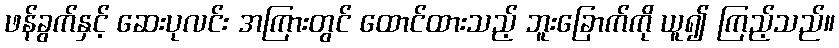
ဖန်ခွက်နှင့် ဆေးပုလင်း အကြားတွင် ထောင်ထားသည့် ဘူးခြောက်ကို ယူ၍ ကြည့်သည်။